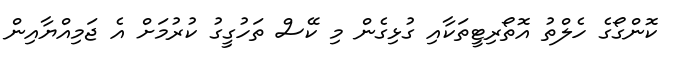
ކޮންގޯގެ ހެލްތު އޮތޯރިޓީތަކާއި ގުޅިގެން މި ކޭސް ތަހުގީގު ކުރުމަށް އެ ޖަމިއްޔާއިން